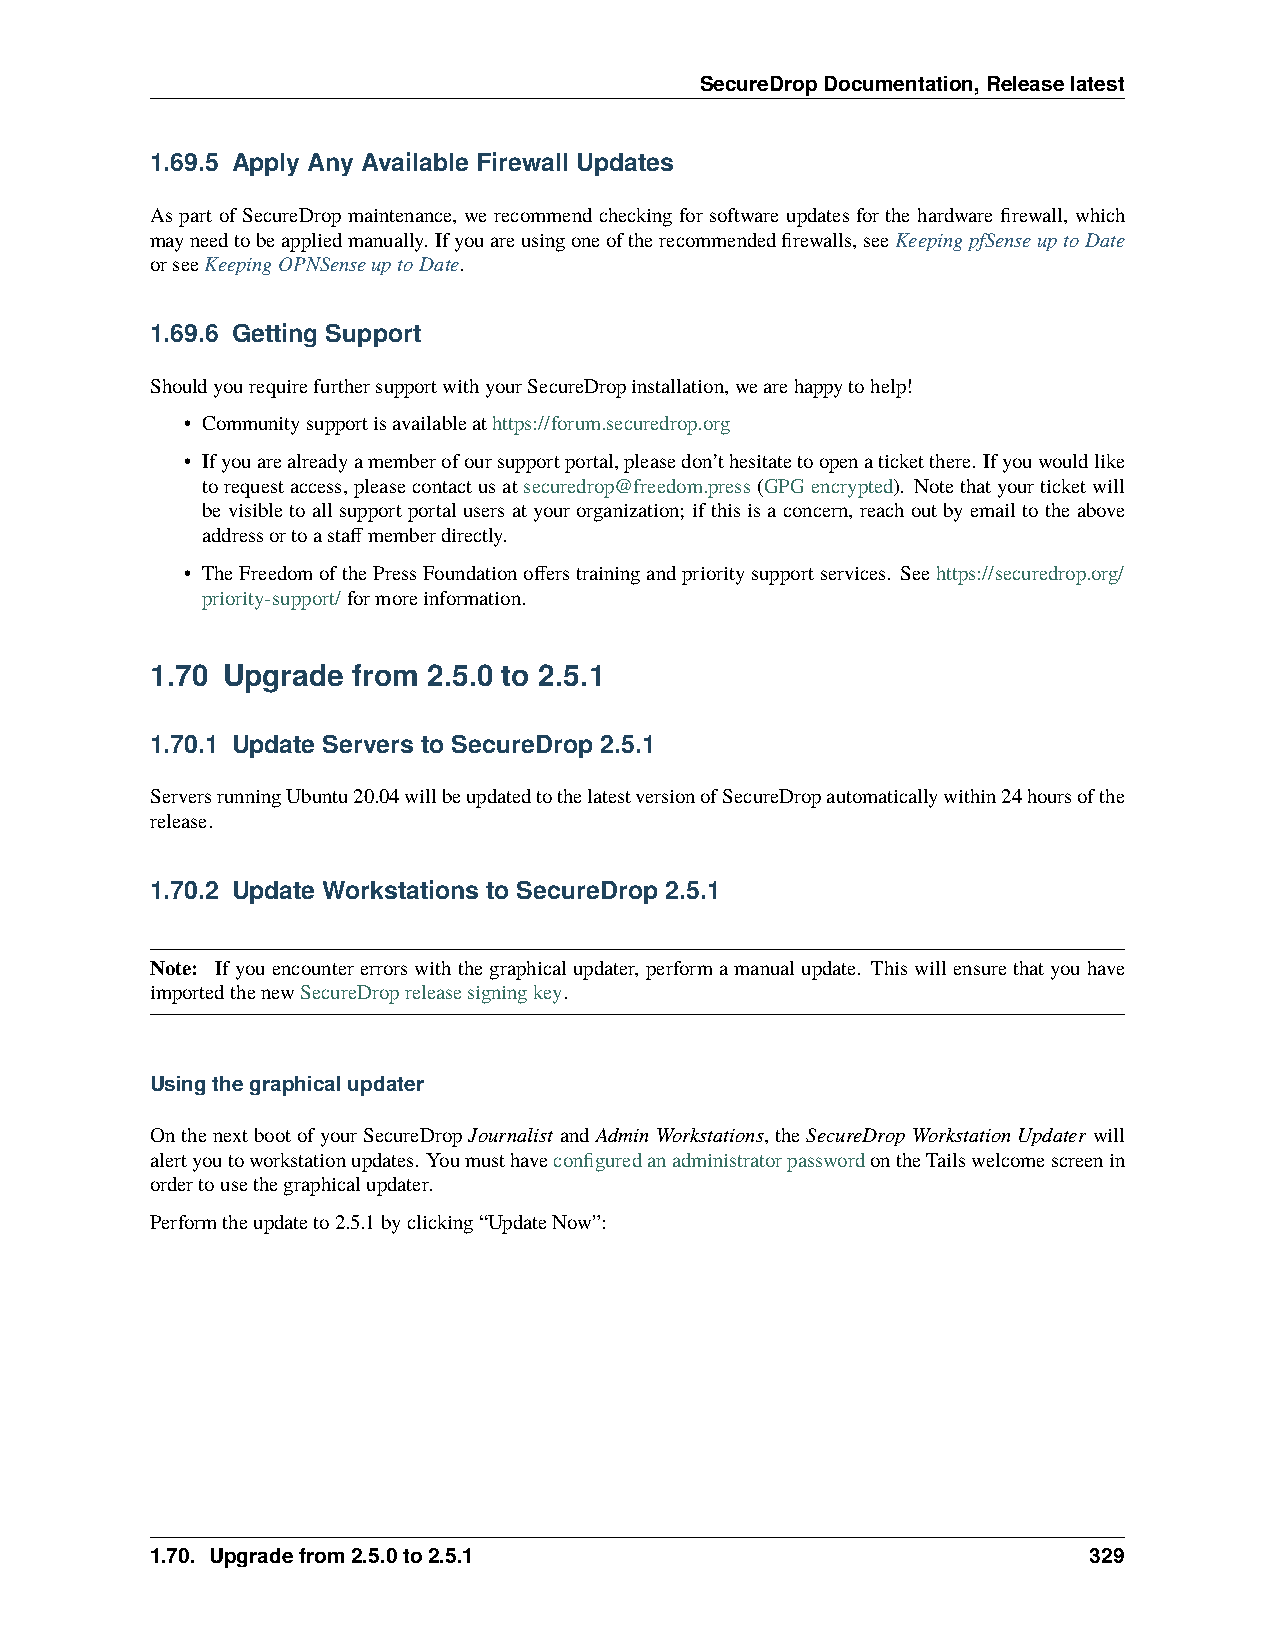
SecureDropDocumentation,Releaselatest
 1.69.5 Apply Any Available Firewall Updates
 As part of SecureDrop maintenance, we recommend checking for software updates for the hardware firewall, which
 mayneedtobeappliedmanually. Ifyouareusingoneoftherecommendedfirewalls,seeKeepingpfSenseuptoDate
 orseeKeepingOPNSenseuptoDate.
 1.69.6 Getting Support
 ShouldyourequirefurthersupportwithyourSecureDropinstallation,wearehappytohelp!
 • Communitysupportisavailableathttps://forum.securedrop.org
 • Ifyouarealreadyamemberofoursupportportal,pleasedon’thesitatetoopenaticketthere. Ifyouwouldlike
 torequestaccess,pleasecontactusatsecuredrop@freedom.press(GPGencrypted). Notethatyourticketwill
 bevisibletoallsupportportalusersatyourorganization; ifthisisaconcern, reachoutbyemailtotheabove
 addressortoastaffmemberdirectly.
 • TheFreedomofthePressFoundationofferstrainingandprioritysupportservices. Seehttps://securedrop.org/
 priority-support/formoreinformation.
 1.70 Upgrade from 2.5.0 to 2.5.1
 1.70.1 Update Servers to SecureDrop 2.5.1
 ServersrunningUbuntu20.04willbeupdatedtothelatestversionofSecureDropautomaticallywithin24hoursofthe
 release.
 1.70.2 Update Workstations to SecureDrop 2.5.1
 Note: Ifyouencountererrorswiththegraphicalupdater, performamanualupdate. Thiswillensurethatyouhave
 importedthenewSecureDropreleasesigningkey.
 Usingthegraphicalupdater
 OnthenextbootofyourSecureDropJournalist andAdminWorkstations,theSecureDropWorkstationUpdater will
 alertyoutoworkstationupdates. YoumusthaveconfiguredanadministratorpasswordontheTailswelcomescreenin
 ordertousethegraphicalupdater.
 Performtheupdateto2.5.1byclicking“UpdateNow”:
 1.70. Upgradefrom2.5.0to2.5.1                                 329